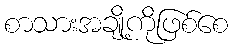
စာသားအချို့ကိုဖြစ်စေ